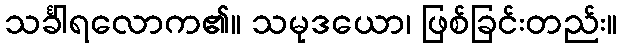
သင်္ခါရလောက၏။ သမုဒယော၊ ဖြစ်ခြင်းတည်း။